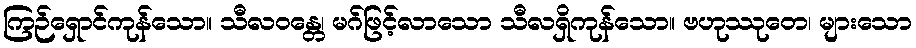
ကြဉ်ရှောင်ကုန်သော။ သီလဝန္တေ၊ မဂ်ဖြင့်လာသော သီလရှိကုန်သော။ ဗဟုဿုတေ၊ များသော